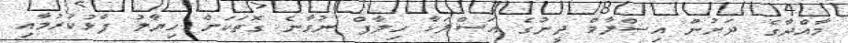
މާއްދާގެ ދަށުން އިސްލާމް ދީނުގެ އަސްލަކާ ހިލާފް ނުވާނެ ގޮތަކަށް ހިޔާލު ފާޅުކުރުމާއި